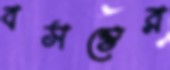
বসন্তের